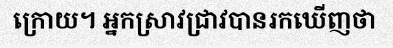
ក្រោយ។ អ្នកស្រាវជ្រាវបានរកឃើញថា